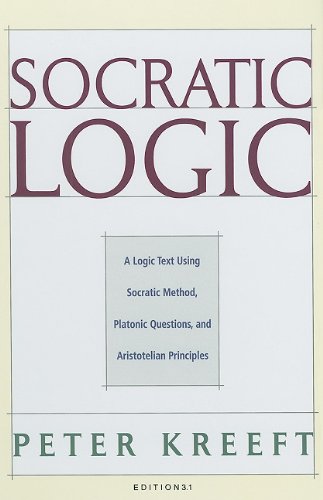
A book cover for Socratic Logic: A Logic Text using Socratic Method, Platonic Questions, and Aristotelian Principles, Edition 3.1; Peter Kreeft; Politics & Social Sciences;